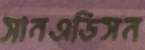
সানএডিসন